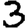
Digit: 3